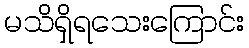
မသိရှိရသေးကြောင်း